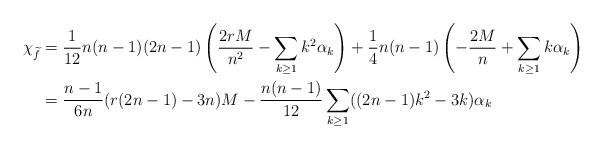
LaTeX: \begin{align*}\chi_{\widetilde{f}}=&\;\frac{1}{12}n(n-1)(2n-1)\left(\frac{2rM}{n^2}-\sum_{k\ge 1}k^2\alpha_k\right)+\frac{1}{4}n(n-1)\left(-\frac{2M}{n}+\sum_{k\ge 1}k\alpha_k\right)\\=&\;\frac{n-1}{6n}(r(2n-1)-3n)M-\frac{n(n-1)}{12}\sum_{k\ge 1}((2n-1)k^2-3k)\alpha_k\end{align*}